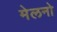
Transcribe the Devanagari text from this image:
मेलनो